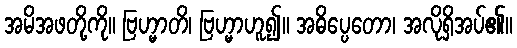
အမိအဖတို့ကို။ ဗြဟ္မာတိ၊ ဗြဟ္မာဟူ၍။ အဓိပ္ပေတော၊ အလိုရှိအပ်၏။